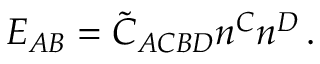
{ \cal E } _ { A B } = \widetilde { C } _ { A C B D } n ^ { C } n ^ { D } \, .